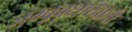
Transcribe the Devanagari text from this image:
जम्बूवृक्षाखाली